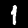
Label: 1